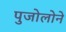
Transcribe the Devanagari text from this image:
पुजोलोने